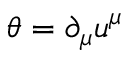
\theta = \partial _ { \mu } u ^ { \mu }